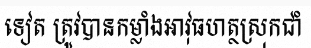
ទៀត ត្រូវបានកម្លាំងអាវុធហត្ថស្រុកជាំ